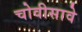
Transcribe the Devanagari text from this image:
चोवीसावे